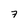
Character: 7